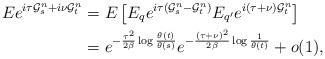
LaTeX: \begin{align*}E e^{i \tau \mathcal{G}_s^n + i \nu \mathcal{G}_t^n} & = E \left[ E_{q} e^{ i \tau (\mathcal{G}_s^n - \mathcal{G}_t^n )} E_{q'} e^{i (\tau + \nu) \mathcal{G}_t^n } \right] \\ & = e^{ - \frac{\tau^2}{2\beta} \log \frac{\theta(t)}{\theta(s)} } e^{ - \frac{(\tau + \nu)^2}{2 \beta} \log \frac{1}{ \theta(t)}} +o(1), \end{align*}